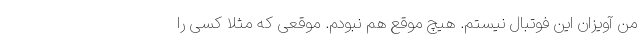
من آویزان این فوتبال نیستم. هیچ موقع هم نبودم. موقعی که مثلا کسی را